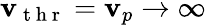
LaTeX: \mathbf{v}_{\mathrm{{~t~h~r~}}}=\mathbf{v}_{p}\to\infty